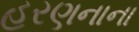
હરણનાના